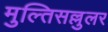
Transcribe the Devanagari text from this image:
मुल्तिसल्लुलर